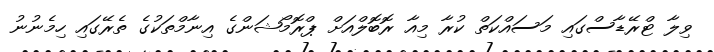
ވިލާ ޓްރޭޑާސްގައި މަސައްކަތް ކުރާ މިއާ ރޮބޮލްއަށް ޕްރޮމޯޝަންގެ އިނާމްތަކުގެ ތެރޭގައި ހިމެނުނު